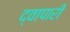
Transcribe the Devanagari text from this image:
द्वापारी